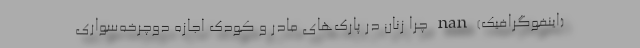
(اینفوگرافیک) nan چرا زنان در پارک‌های مادر و کودک اجازه دوچرخه‌سواری